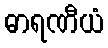
ဓာရဏီယံ